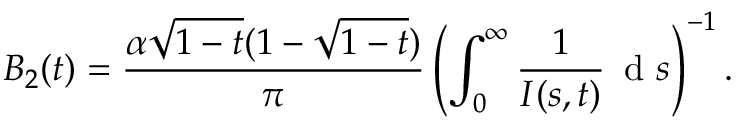
B _ { 2 } ( t ) = \frac { \alpha \sqrt { 1 - t } ( 1 - \sqrt { 1 - t } ) } { \pi } \left( \int _ { 0 } ^ { \infty } \frac { 1 } { I ( s , t ) } \, \mathrm { ~ d ~ } s \right) ^ { - 1 } .